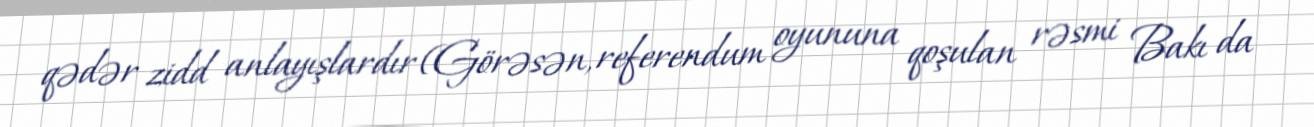
qədər zidd anlayışlardır (Görəsən, referendum oyununa qoşulan rəsmi Bakı da